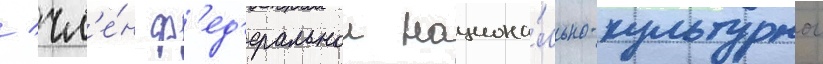
/ чл'е́н ф'ед'еральнои национа́льно-культурнои